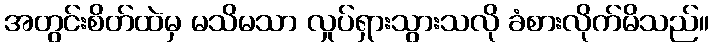
အတွင်းစိတ်ထဲမှ မသိမသာ လှုပ်ရှားသွားသလို ခံစားလိုက်မိသည်။